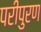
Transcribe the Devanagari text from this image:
परीपुरण